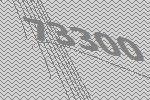
73300